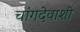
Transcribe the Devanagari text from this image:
चांगदेवाशी